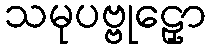
သမုပဗ္ဗုဠှော